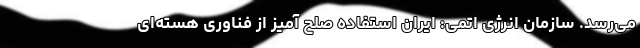
می‌رسد. سازمان انرژی اتمی: ایران استفاده صلح آمیز از فناوری هسته‌ای